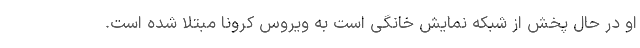
او در حال پخش از شبکه نمایش خانگی است به ویروس کرونا مبتلا شده است.